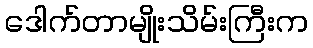
ဒေါက်တာမျိုးသိမ်းကြီးက